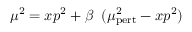
\mu ^ { 2 } = x p ^ { 2 } + \beta \; \; ( \mu _ { \mathrm { p e r t } } ^ { 2 } - x p ^ { 2 } )